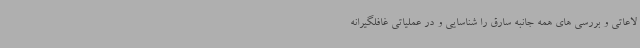
لاعاتی و بررسی های همه جانبه سارق را شناسایی و در عملیاتی غافلگیرانه